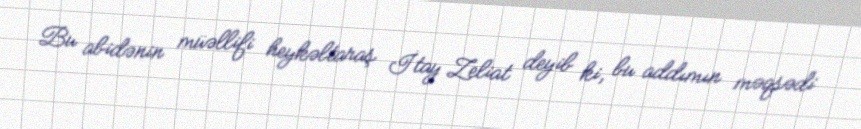
Bu abidənin müəllifi heykəltaraş İtay Zeliat deyib ki, bu addımın məqsədi